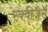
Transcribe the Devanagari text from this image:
स्क्वीजर्स